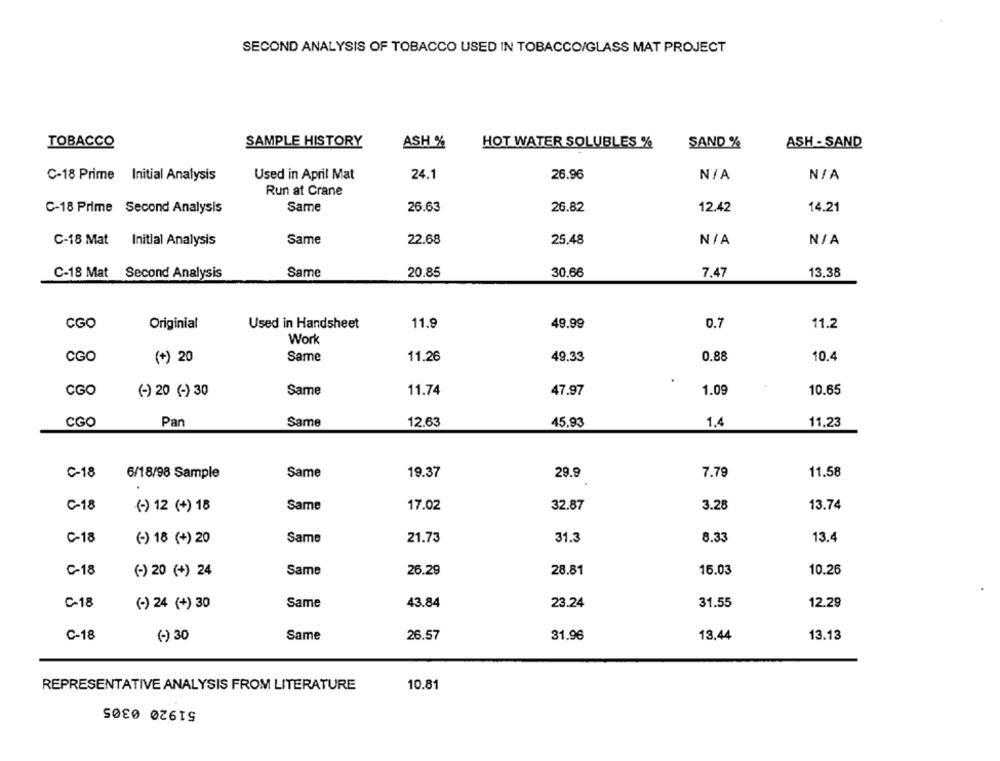
SECOND ANALYSIS OF TOBACCO USED IN TOBACCO/GLASS MAT PROJECT
TOBACCO
SAMPLE HISTORY
ASH %
HOT WATER SOLUBLES %
SAND %
ASH - SAND
Used in April Mat
24.1
26.96
C-18 Prime Initial Analysis
Run at Crane
C-18 Prime Second Analysis
Same
26.63
26.82
12.42
14.21
C-18 Mat Initial Analysis
Same
22.68
25,48
C-18 Mat Second Analysis
Same
20.85
30.66
7.47
13.38
CGO
Originial
Used in Handsheet
11.9
49.99
0.7
11.2
Work
CGO
(+) 20
Same
11.26
49.33
0.88
10.4
CGO
(-) 20 (-) 30
Same
11.74
47.97
1.09
10.65
CGO
Pan
Same
12.63
45.93
1.4
11,23
C-18
19.37
7.79
11.58
6/18/98 Sample
Same
29.9
C-18
(-) 12 (+) 18
Same
17.02
32.87
3.28
13.74
C-18
(-) 18 (+) 20
Same
21.73
31.3
8.33
13.4
C-18
Same
28.81
16.03
10.26
(-) 20 (+) 24
26.29
C-18
(-) 24 (+) 30
Same
43.84
23.24
31.55
12.29
C-18
(-) 30
Same
26.57
31.96
13.44
13.13
REPRESENTATIVE ANALYSIS FROM LITERATURE
10.81
51920 0305